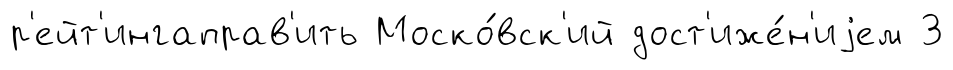
р'ейт'ингаправ'ить Моско́вск'ий дост'иже́н'иjем З